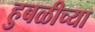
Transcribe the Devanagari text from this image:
हुबळीच्या